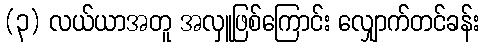
(၃) လယ်ယာအတူ အလှူဖြစ်ကြောင်း လျှောက်တင်ခန်း